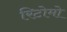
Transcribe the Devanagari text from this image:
रिटोमो